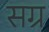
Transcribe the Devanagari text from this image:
सग्र